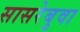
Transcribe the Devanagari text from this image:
सासरेबुवा